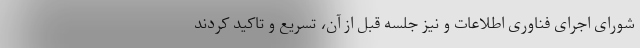
شورای اجرای فناوری اطلاعات و نیز جلسه قبل از آن، تسریع و تاکید کردند